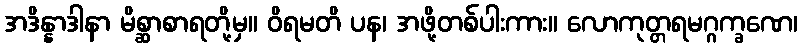
အဒိန္နာဒါနာ မိစ္ဆာစာရတို့မှ။ ဝိရမတိ ပန၊ အဖို့တစ်ပါးကား။ လောကုတ္တရမဂ္ဂက္ခဏေ၊